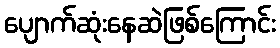
ပျောက်ဆုံးနေဆဲဖြစ်ကြောင်း